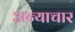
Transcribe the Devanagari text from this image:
अन्याचार